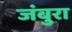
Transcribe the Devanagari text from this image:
जंबुरा